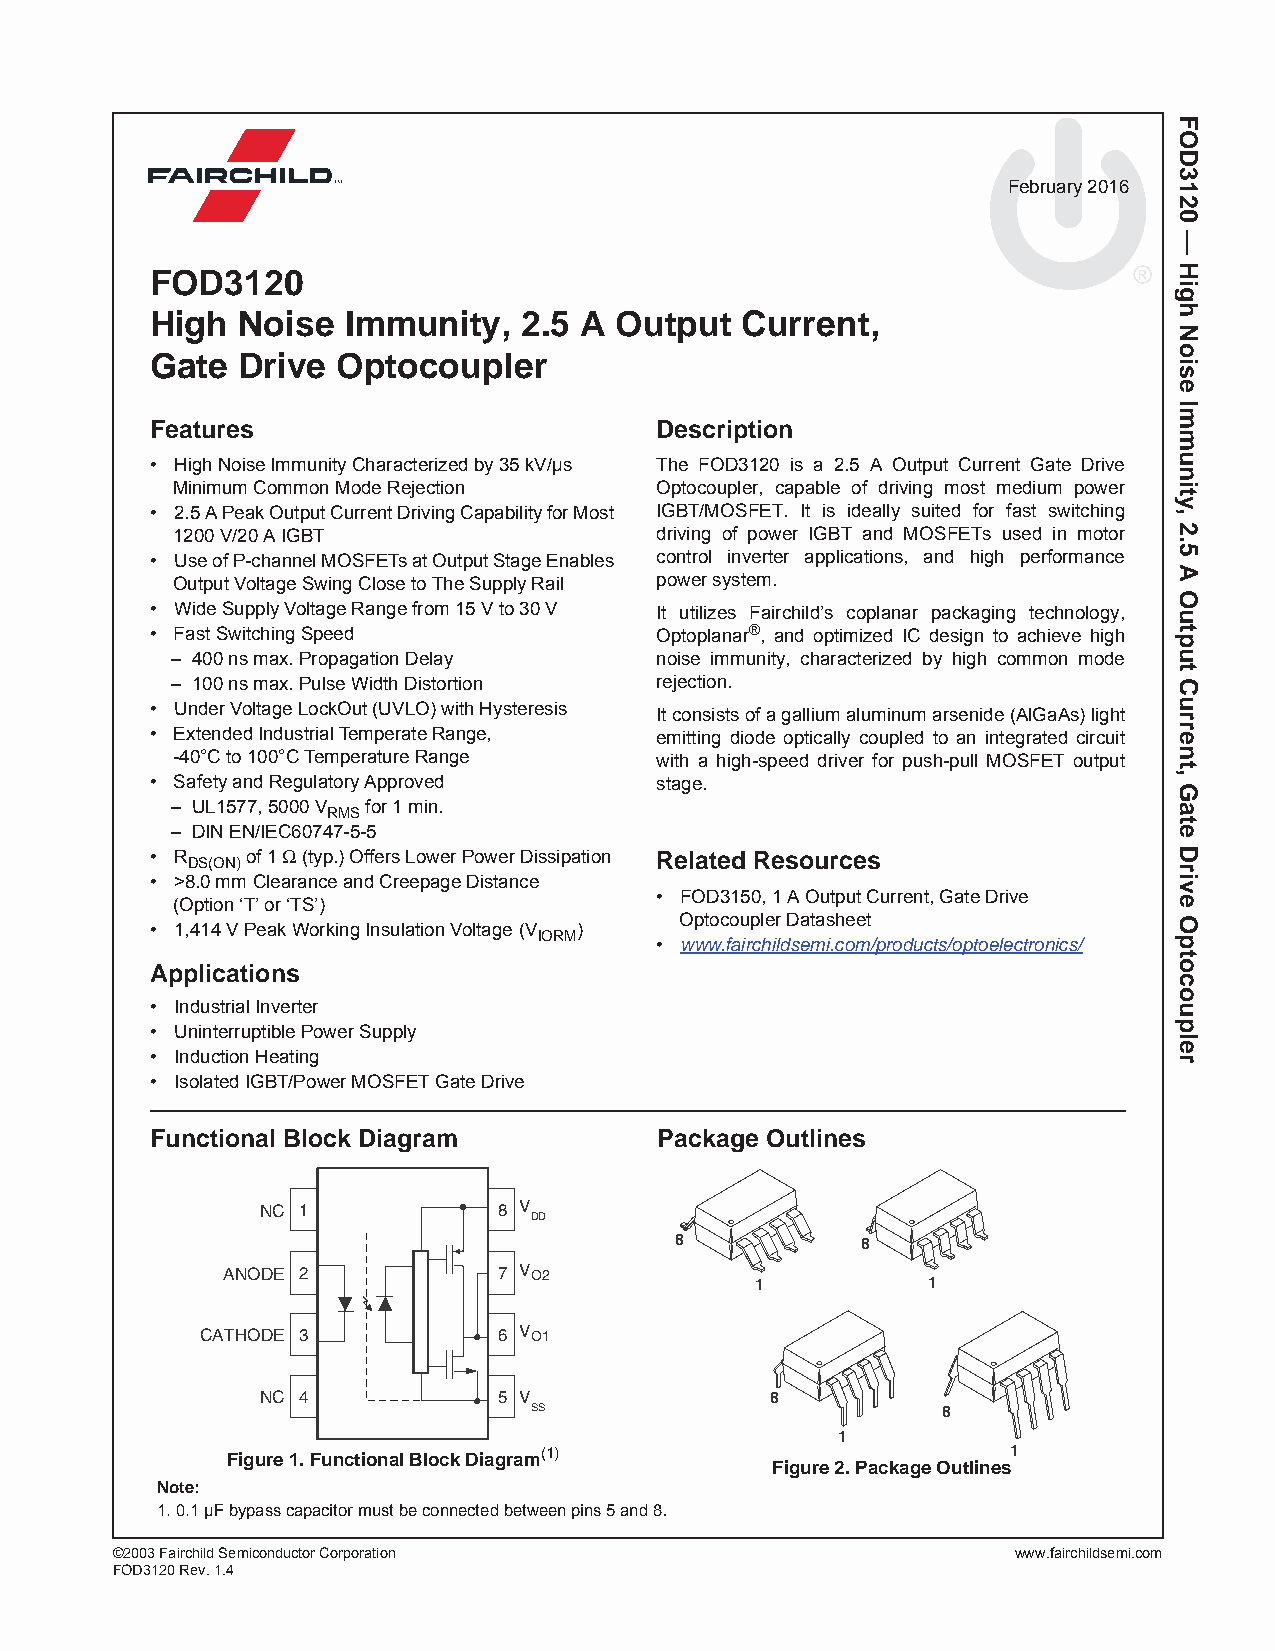
February 2016
 FOD3120
 High  Noise  Immunity,   2.5 A Output  Current,
 Gate  Drive Optocoupler
 Features                         Description
 • High Noise Immunity Characterized by 35 kV/μs The FOD3120 is a 2.5 A Output Current Gate Drive
 Minimum Common Mode Rejection   Optocoupler, capable of driving most medium power
 • 2.5 A Peak Output Current Driving Capability for Most IGBT/MOSFET. It is ideally suited for fast switching
 1200 V/20 A IGBT                driving of power IGBT and MOSFETs used in motor
 • Use of P-channel MOSFETs at Output Stage Enables control inverter applications, and high performance
 Output Voltage Swing Close to The Supply Rail power system.
 • Wide Supply Voltage Range from 15 V to 30 V It utilizes Fairchild’s coplanar packaging technology,
 • Fast Switching Speed           Optoplanar®, and optimized IC design to achieve high
 – 400 ns max. Propagation Delay noise immunity, characterized by high common mode
 – 100 ns max. Pulse Width Distortion rejection.
 • Under Voltage LockOut (UVLO) with Hysteresis
 It consists of a gallium aluminum arsenide (AlGaAs) light
 • Extended Industrial Temperate Range, emitting diode optically coupled to an integrated circuit
 -40°C to 100°C Temperature Range with a high-speed driver for push-pull MOSFET output
 • Safety and Regulatory Approved stage.
 – UL1577, 5000 V for 1 min.
 RMS
 – DIN EN/IEC60747-5-5
 • R   of 1 Ω (typ.) Offers Lower Power Dissipation Related Resources
 DS(ON)
 • >8.0 mm Clearance and Creepage Distance
 • FOD3150, 1 A Output Current, Gate Drive
 (Option ‘T’ or ‘TS’)
 Optocoupler Datasheet
 • 1,414 V Peak Working Insulation Voltage (V )
 IORM
 • www.fairchildsemi.com/products/optoelectronics/
 Applications
 • Industrial Inverter
 • Uninterruptible Power Supply
 • Induction Heating
 • Isolated IGBT/Power MOSFET Gate Drive
 Functional Block Diagram          Package Outlines
 NC 1            8 V
 DD
 8           8
 ANODE 2           7 V O2
 1          1
 CATHODE 3           6 V O1
 NC 4            5 V               8
 SS                         8
 1
 Figure 1. Functional Block Diagram(1)               1
 Figure 2. Package Outlines
 Note:
 1. 0.1 μF bypass capacitor must be connected between pins 5 and 8.
 ©2003 Fairchild Semiconductor Corporation                   www.fairchildsemi.com
 FOD3120 Rev. 1.4
 FOD3120
 —
 High
 Noise
 Immunity,
 2.5
 A
 Output
 Current,
 Gate
 Drive
 Optocoupler